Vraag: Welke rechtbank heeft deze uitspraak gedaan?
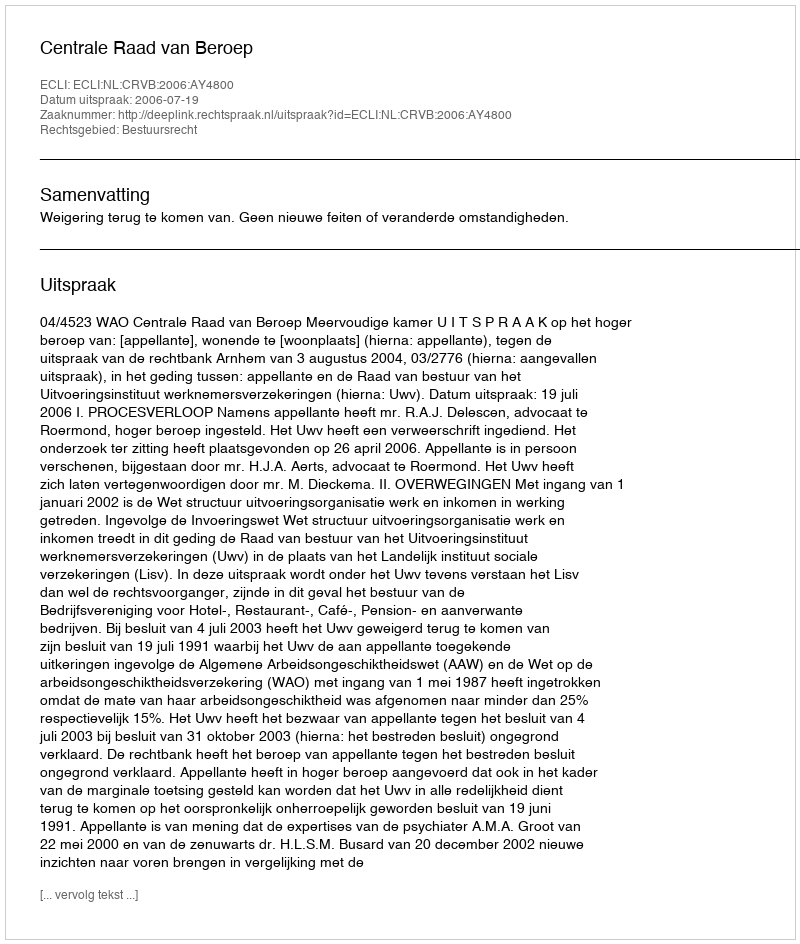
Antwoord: Centrale Raad van Beroep